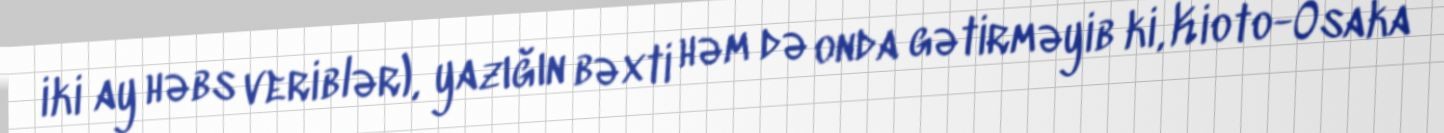
iki ay həbs veriblər), yazığın bəxti həm də onda gətirməyib ki, Kioto-Osaka